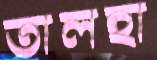
তালহা